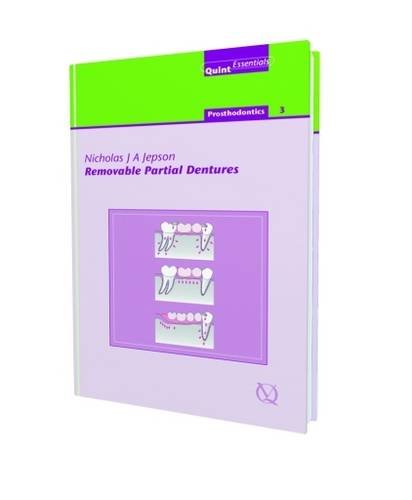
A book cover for Removable Partial Dentures (Prosthodontics); Nicholas Jepson; Medical Books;